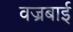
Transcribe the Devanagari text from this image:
वज्रबाई